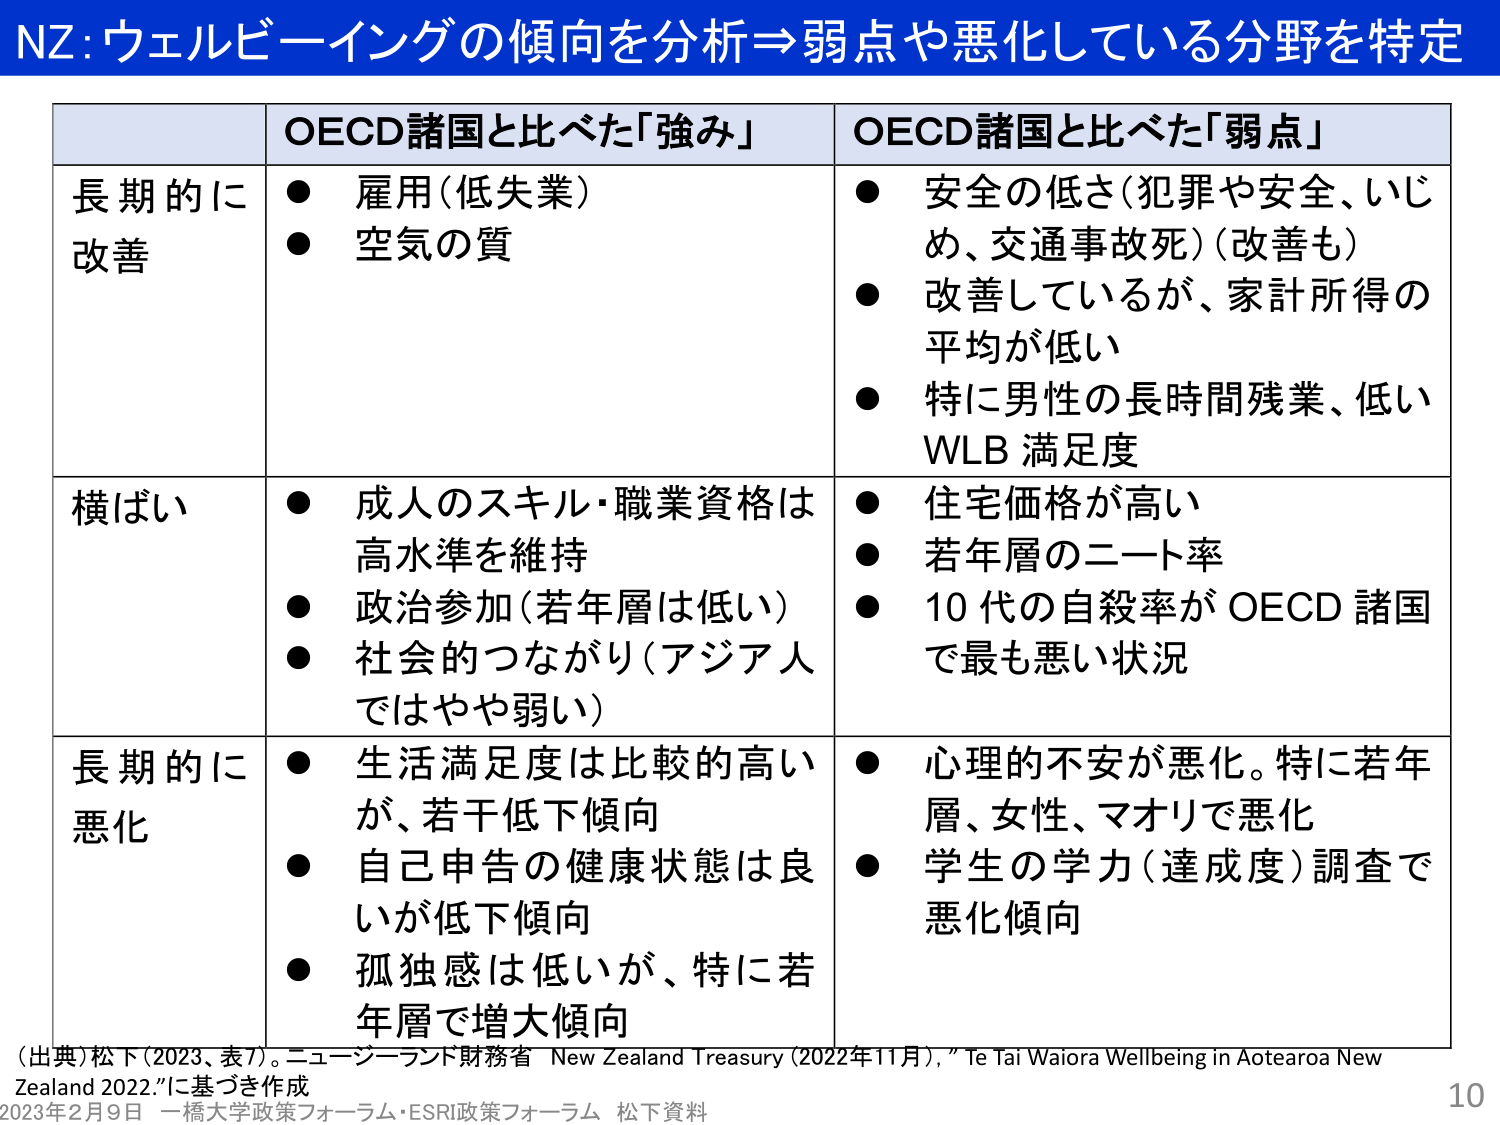
NZ:ウェルビーイングの傾向を分析→弱点や悪化している分野を特定

OECD諸国と比べた「強み」
OECD諸国と比べた「弱点」

長期的に
改善
● 雇用（低失業）
● 空気の質
● 安全の低さ（犯罪や安全、いじめ、交通事故死）（改善も）
● 改善しているが、家計所得の平均が低い
● 特に男性の長時間残業、低いWLB満足度

横ばい
● 成人のスキル・職業資格は高水準を維持
● 政治参加（若年層は低い）
● 社会的つながり（アジア人ではやや弱い）
● 住宅価格が高い
● 若年層のニート率
● 10代の自殺率がOECD諸国で最も悪い状況

長期的に
悪化
● 生活満足度は比較的高いが、若干低下傾向
● 自己申告の健康状態は良いが低下傾向
● 孤独感は低いが、特に若年層で増大傾向
● 心理的不安が悪化。特に若年層、女性、マオリで悪化
● 学生の学力（達成度）調査で悪化傾向

（出典）松下（2023、表7）。ニュージーランド財務省 “New Zealand Treasury (2022年11月),” Te Tai Waiora Wellbeing in Aotearoa New Zealand 2022.”に基づき作成
2023年2月9日 一橋大学政策フォーラム・ESRI政策フォーラム 松下資料
10